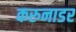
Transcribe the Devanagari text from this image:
करुनाडर